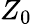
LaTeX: Z_{0}